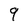
Character: 9